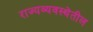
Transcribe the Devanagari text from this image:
राज्यव्यवस्थेतील